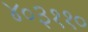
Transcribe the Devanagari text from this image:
४०३११०